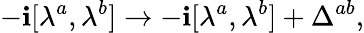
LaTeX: -\mathbf{i}[\lambda^{a},\lambda^{b}]\rightarrow-\mathbf{i}[\lambda^{a},\lambda^{b}]+\Delta^{ab},